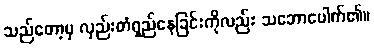
သည်တော့မှ လှည်းတံရှည်နေခြင်းကိုလည်း သဘောပေါက်၏။